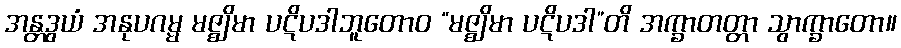
အန္တဒွယံ အနုပဂမ္မ မဇ္ဈိမာ ပဋိပဒါဘူတောဝ “မဇ္ဈိမာ ပဋိပဒါ”တိ အက္ခာတတ္တာ သွာက္ခာတော။